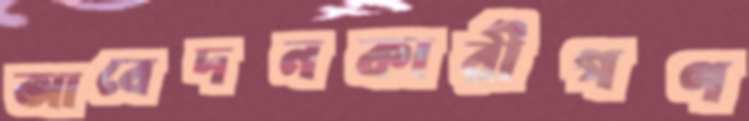
আবেদনকারীগণ